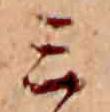
ミ